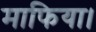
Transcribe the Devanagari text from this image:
माफिया।